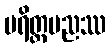
ပရိတ္တပညဿ